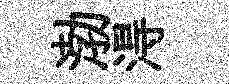
渤淂